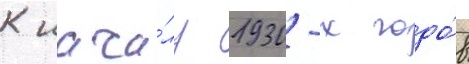
К нача́лу 1930-х годо́в